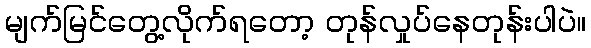
မျက်မြင်တွေ့လိုက်ရတော့ တုန်လှုပ်နေတုန်းပါပဲ။